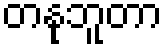
တနုဘူတာ